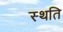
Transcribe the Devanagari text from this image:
स्‍थति